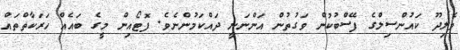
ވެލިދޫ ކައުންސިލްގެ ފޭސްބުކުން ވަގުތުން އަންނަނީ ދައްކަމުންނެވެ. ފޮޓޯއިން މީގެ ބައެއް ހަރަކާތްތައް